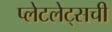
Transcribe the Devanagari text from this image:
प्लेटलेट्‌सची